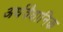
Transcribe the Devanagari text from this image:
अर्धवैधानिक